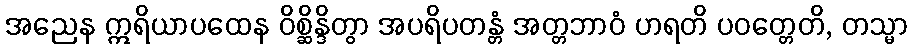
အညေန ဣရိယာပထေန ဝိစ္ဆိန္ဒိတွာ အပရိပတန္တံ အတ္တဘာဝံ ဟရတိ ပဝတ္တေတိ, တသ္မာ